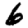
Digit: 6